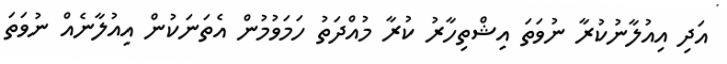
އަދި އިއުލާނުކުރާ ނުވަތަ އިޝްތިހާރު ކުރާ މުއްދަތު ހަމަވުމުން އެތަނަކުން އިއުލާނެއް ނުވަަތަ